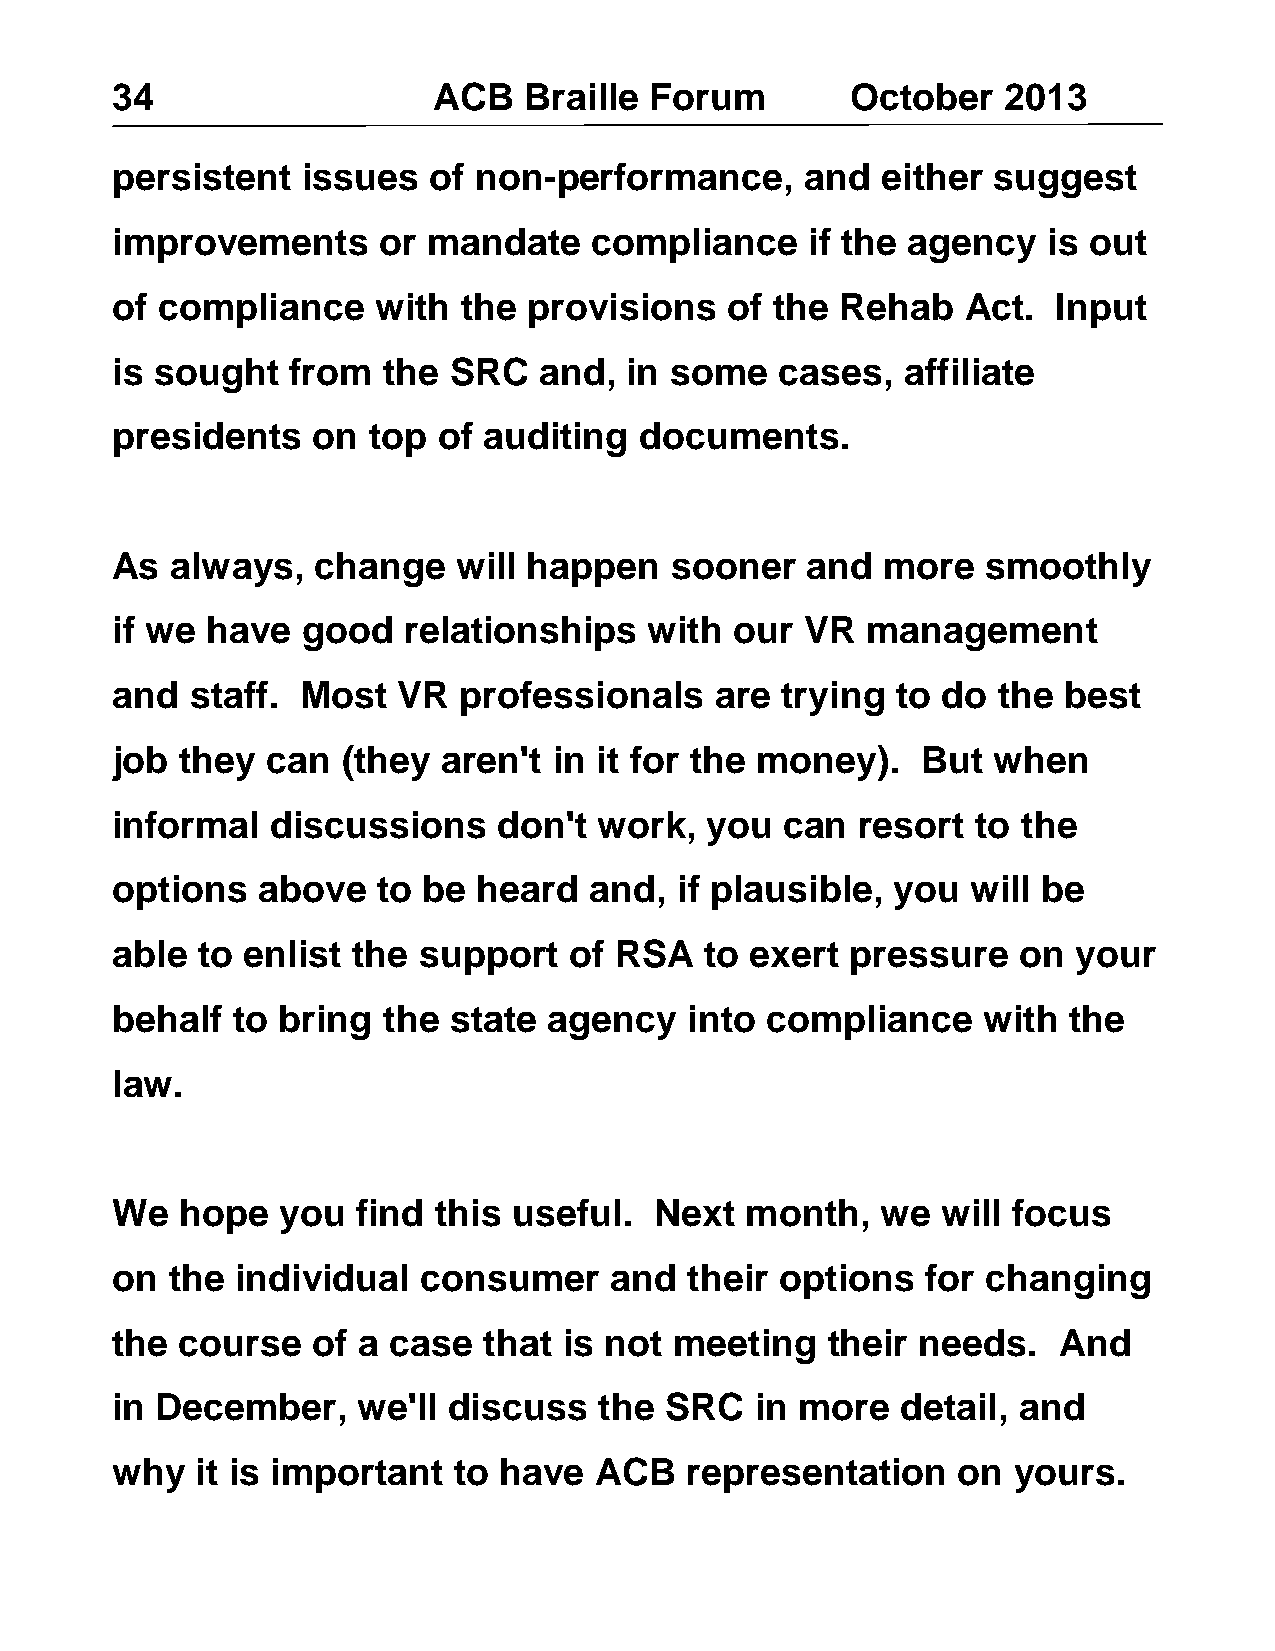
34                    ACB   Braille Forum        October   2013
 persistent   issues  of non-performance,      and  either  suggest
 improvements      or mandate    compliance     if the agency  is out
 of compliance     with the  provisions   of the  Rehab   Act.  Input
 is sought   from  the  SRC   and,  in some   cases,  affiliate
 presidents    on top  of auditing  documents.
 As  always,   change   will happen   sooner   and   more  smoothly
 if we  have  good   relationships   with  our VR  management
 and   staff. Most  VR  professionals    are  trying to do  the best
 job  they  can  (they aren't  in it for the money).   But  when
 informal   discussions    don't  work,  you  can  resort  to the
 options   above   to be  heard  and,  if plausible, you  will be
 able  to enlist the  support   of RSA   to exert pressure   on  your
 behalf  to bring  the  state agency    into compliance    with  the
 law.
 We   hope   you  find this useful.  Next  month,   we  will focus
 on  the  individual  consumer    and   their options  for changing
 the  course   of a case  that is not  meeting   their needs.   And
 in December,     we'll discuss   the SRC   in more   detail, and
 why   it is important  to have  ACB   representation    on  yours.